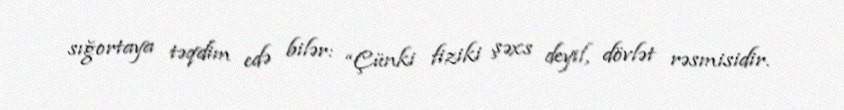
sığortaya təqdim edə bilər: “Çünki fiziki şəxs deyil, dövlət rəsmisidir.